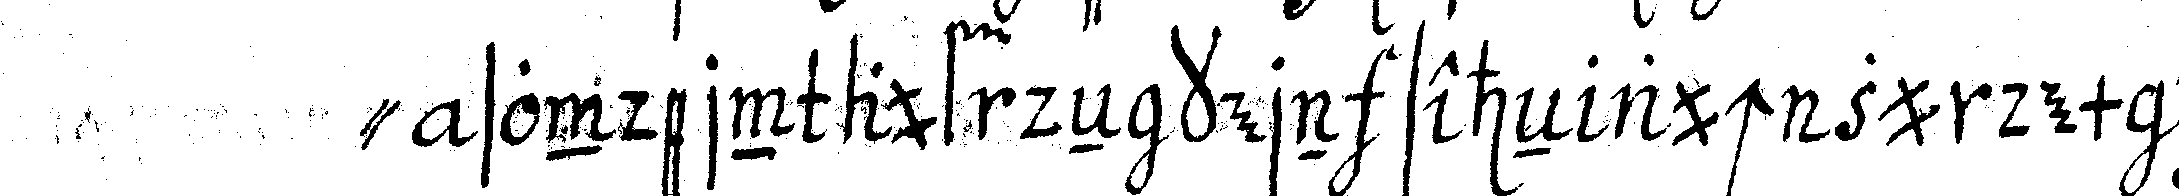
" sondern auf deN kern seheN auch zu dem ende